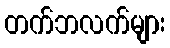
တက်ဘလက်များ